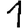
Digit: 1